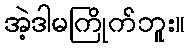
အဲ့ဒါမကြိုက်ဘူး။